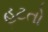
હટતો